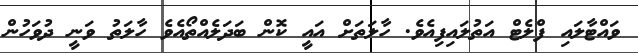
ވައްޓާލައި ފްލެޓް އަތުލައިފިއެވެ. ހާލަތަށް އައީ ކޮން ބަދަލެއްތޯއެވެ ހާލަތު ވަނީ ދުވަހުން